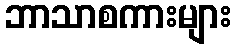
ဘာသာစကားများ